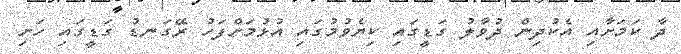
ދާ ކަމަށާއި އެކުދިން ދުވާލު ގަޑީގައި ކިޔެވުމުގައި އުޅުމަށްފަހު ރޭގަނޑު ގަޑީގައި ހަށި